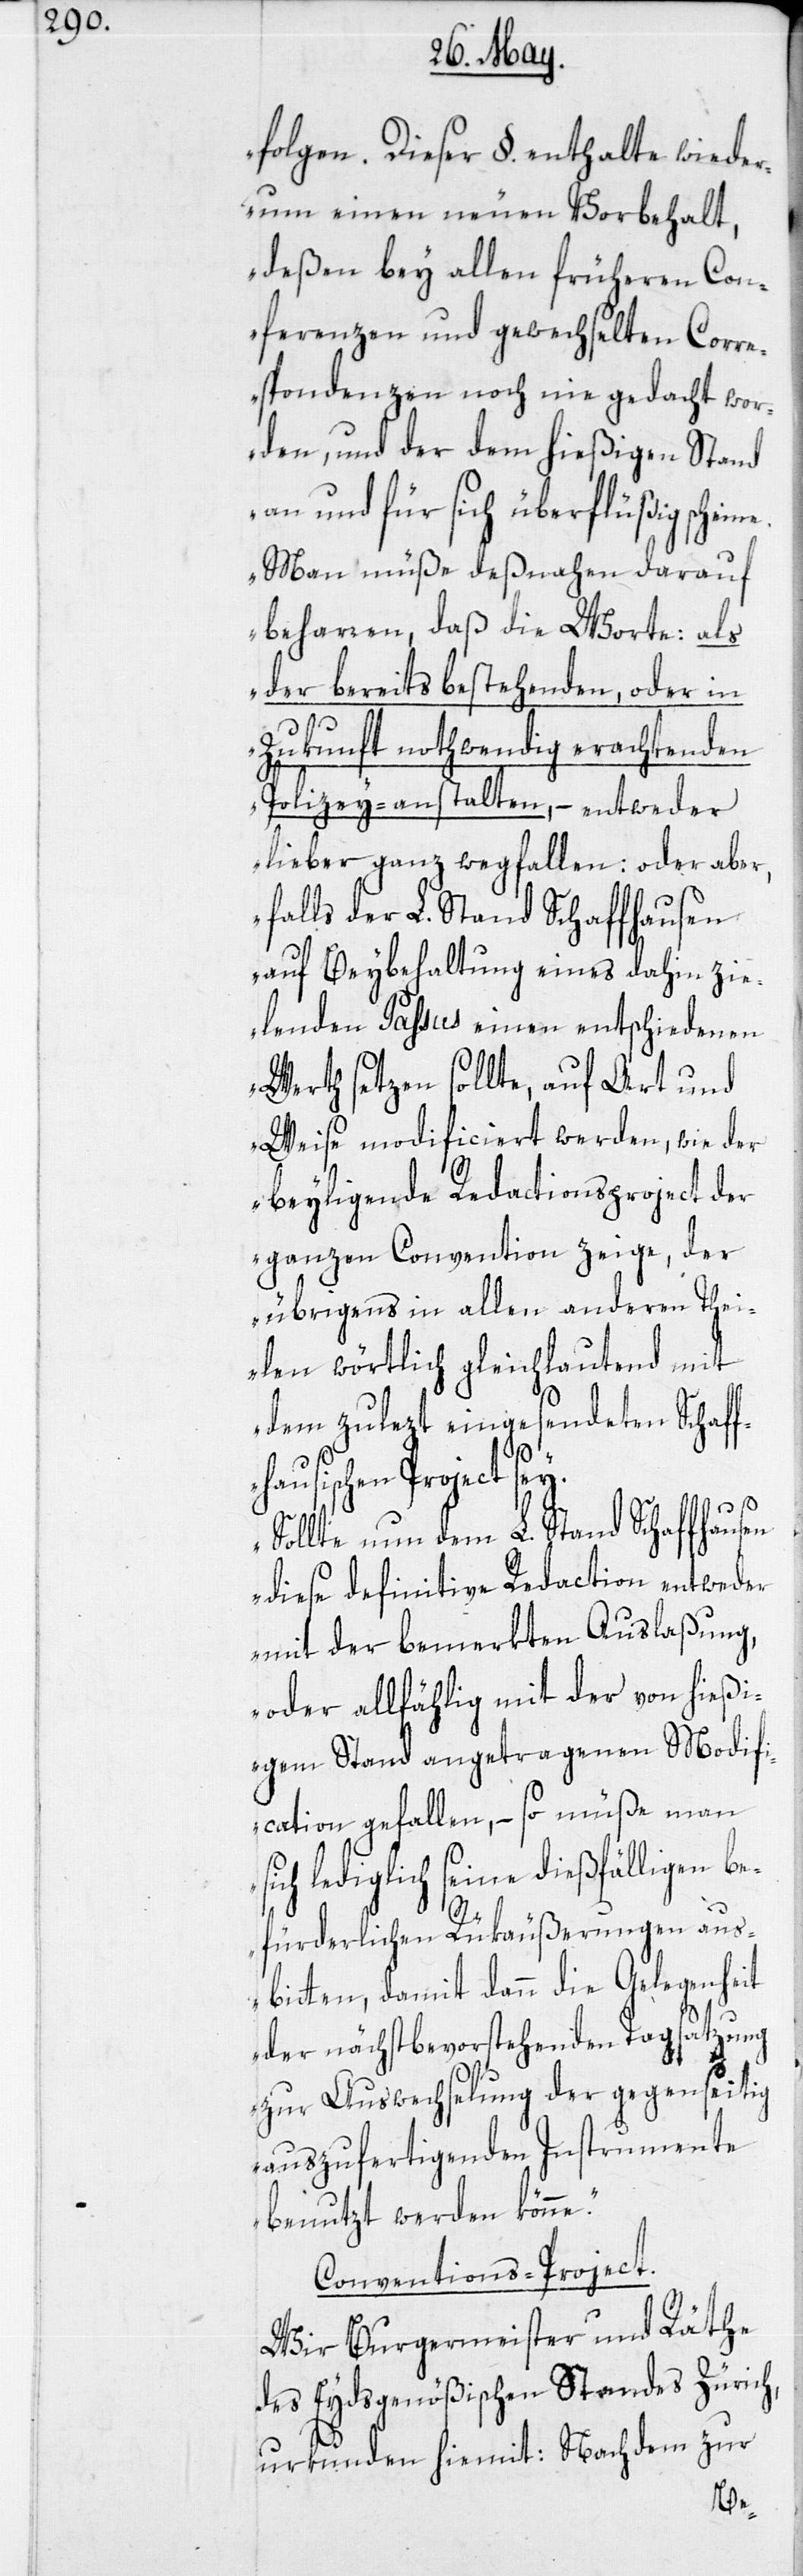
folgen. Dieser §. enthalte wieder¬
um einen neuen Vorbehalt,
deßen bey allen früheren Con¬
ferenzen und gewechselten Corr¬
espondenzen noch nie gedacht wor¬
den, und der dem hießigen Stand
an und für sich überflüßig schein¬
Man müße deßnahen darauf
beharren, daß die Worte: als
der bereits bestehenden, oder in
Zukunft nothwendig erachtenden
Polizey-anstalten, – entweder
lieber ganz wegfallen: oder aber,
falls der L. Stand Schaffhausen
auf Beybehaltung eines dahin zi¬
elenden Passus einen entschiedenen
Werth setzen sollte, auf Art und
Weise modificiert werden, wie der
beyligende Redactionsproject der
ganzen Convention zeige, der
übrigens in allen anderen Thei¬
dem zuletzt eingesendeten Schaff¬
len
hausischen Project sey.
Sollte nun dem L. Stand Schaffhausen
diese definitive Redaction entweder
mit der bemerkten Auslaßung,
oder allfählig mit der von hießi¬
gem Stand angetragenen Modifi¬
cation gefallen, – so müße man
sich lediglich seine dießfälligen be¬
fürderlichen Rükäußerungen aus¬
bitten, damit dann die Gelegenheit
der nächstbevorstehenden Tagsatzung
zur Auswechslung der gegenseitig
auszufertigenden Instrumente
benutzt werden könne.“
Conventions-Project.
Wir Burgermeister und Räthe
des Eydsgenößischen Standes Zürich,
urkunden hiemit: Nachdem zur